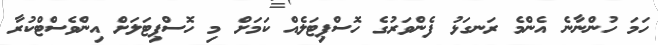
ހަމަ ހުންނާނެ އެންމެ ރަނގަޅު ފެންވަރުގެ ހޮސްޕިޓަލެއް ކަމަށް މި ހޮސްޕިޓަލަށް އިންވެސްޓްކުރާ